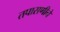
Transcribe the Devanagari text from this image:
तपासणीने